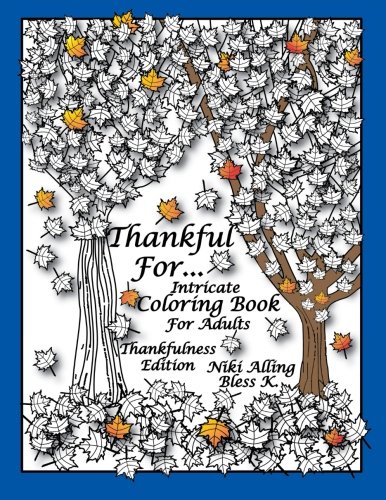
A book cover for Thankful For: Intricate Coloring Book For Adults, Thankfulness Edition; Niki Alling; Crafts, Hobbies & Home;